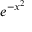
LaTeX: e ^ { - x ^ { 2 } }